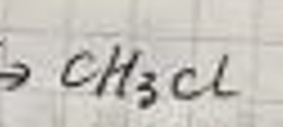
\(\rightarrow CH_3Cl\)